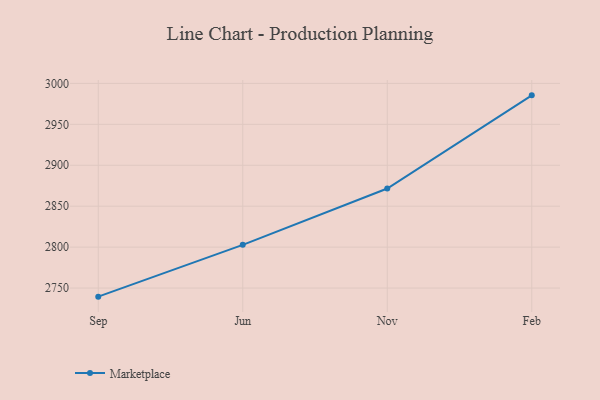
{"axis": {"x": "Month", "y": "Waste Production (Tons)"}, "legend": ["Marketplace"], "data": [{"x": "Sep", "y": 2739.5, "type": "Marketplace"}, {"x": "Jun", "y": 2802.8, "type": "Marketplace"}, {"x": "Nov", "y": 2871.6, "type": "Marketplace"}, {"x": "Feb", "y": 2985.4, "type": "Marketplace"}]}